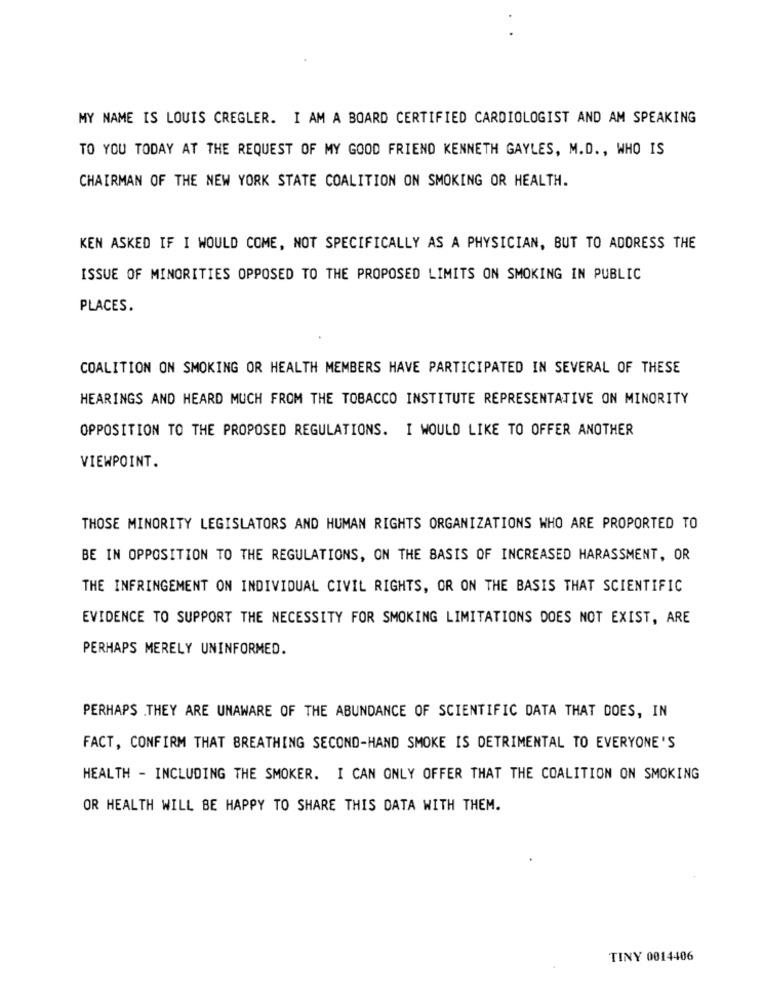
MY NAME IS LOUIS CREGLER. I AM A BOARD CERTIFIED CARDIOLOGIST AND AM SPEAKING
TO YOU TODAY AT THE REQUEST OF MY GOOD FRIEND KENNETH GAYLES, M.D ., WHO IS
CHAIRMAN OF THE NEW YORK STATE COALITION ON SMOKING OR HEALTH.
KEN ASKED IF I WOULD COME, NOT SPECIFICALLY AS A PHYSICIAN, BUT TO ADORESS THE
ISSUE OF MINORITIES OPPOSED TO THE PROPOSED LIMITS ON SMOKING IN PUBLIC
PLACES.
COALITION ON SMOKING OR HEALTH MEMBERS HAVE PARTICIPATED IN SEVERAL OF THESE
HEARINGS AND HEARD MUCH FROM THE TOBACCO INSTITUTE REPRESENTATIVE ON MINORITY
OPPOSITION TO THE PROPOSED REGULATIONS. I WOULD LIKE TO OFFER ANOTHER
VIEWPOINT.
THOSE MINORITY LEGISLATORS AND HUMAN RIGHTS ORGANIZATIONS WHO ARE PROPORTED TO
BE IN OPPOSITION TO THE REGULATIONS, ON THE BASIS OF INCREASED HARASSMENT, OR
THE INFRINGEMENT ON INDIVIDUAL CIVIL RIGHTS, OR ON THE BASIS THAT SCIENTIFIC
EVIDENCE TO SUPPORT THE NECESSITY FOR SMOKING LIMITATIONS DOES NOT EXIST, ARE
PERHAPS MERELY UNINFORMED.
PERHAPS .THEY ARE UNAWARE OF THE ABUNDANCE OF SCIENTIFIC DATA THAT DOES, IN
FACT, CONFIRM THAT BREATHING SECOND-HAND SMOKE IS DETRIMENTAL TO EVERYONE'S
HEALTH - INCLUDING THE SMOKER. I CAN ONLY OFFER THAT THE COALITION ON SMOKING
OR HEALTH WILL BE HAPPY TO SHARE THIS DATA WITH THEM.
TINY 0014406